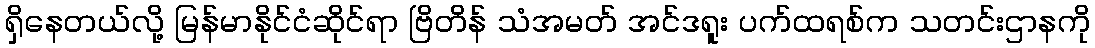
ရှိနေတယ်လို့ မြန်မာနိုင်ငံဆိုင်ရာ ဗြိတိန် သံအမတ် အင်ဒရူး ပက်ထရစ်က သတင်းဌာနကို